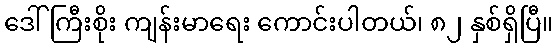
ဒေါ်ကြီးစိုး ကျန်းမာရေး ကောင်းပါတယ်၊ ၈၂ နှစ်ရှိပြီ။